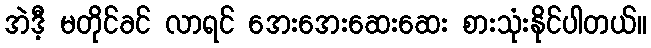
အဲဒီ့ မတိုင်ခင် လာရင် အေးအေးဆေးဆေး စားသုံးနိုင်ပါတယ်။